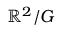
\mathbb { R } ^ { 2 } / G